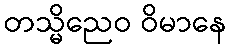
တသ္မိညေဝ ဝိမာနေ